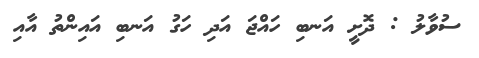
ސުވާލު : ދޮށީ އަނބި ހައްޖަ އަދި ހަގު އަނބި އައިންތު އާއި